Scottish Leaving Certificate Examination, 1961
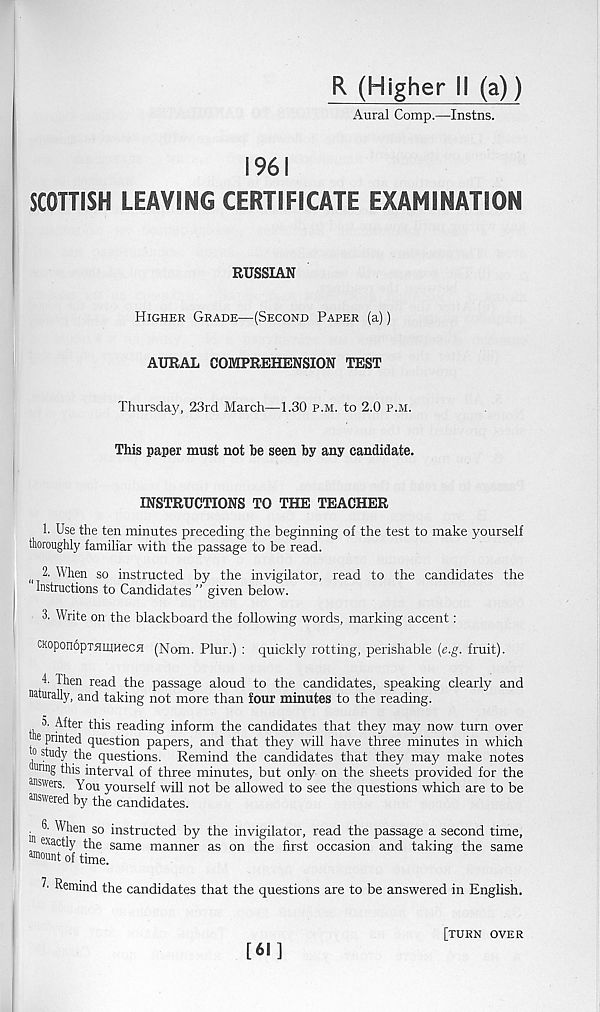
R (Higher II (a))
Aural Comp.—Instns.
1961
SCOTTISH LEAVING CERTIFICATE EXAMINATION
RUSSIAN
Higher Grade—(Second Paper (a))
AURAL COMPREHENSION TEST
Thursday, 23rd March—1.30 p.m. to 2.0 p.m.
This paper must not be seen by any candidate.
INSTRUCTIONS TO THE TEACHER
1. Use the ten minutes preceding the beginning of the test to make yourself
thoroughly familiar with the passage to be read.
(i 2. When so instructed by the invigilator, read to the candidates the
Instructions to Candidates ” given below.
3. Write on the blackboard the following words, marking accent:
CKoponopTHUiHecH (Nom. Plur.) : quickly rotting, perishable {e.g. fruit).
h Then read the passage aloud to the candidates, speaking clearly and
naturally, and taking not more than four minutes to the reading.
o. After this reading inform the candidates that they may now turn over
ne printed question papers, and that they will have three minutes in which
o study the questions. Remind the candidates that they may make notes
uri ng this interval of three minutes, but only on the sheets provided for the
answers. You yourself will not be allowed to see the questions which are to be
answered by the candidates.
^ When so instructed by the invigilator, read the passage a second time,
exactly the same manner as on the first occasion and taking the same
^ount of time.
T Remind the candidates that the questions are to be answered in English.
[61]
[turn over